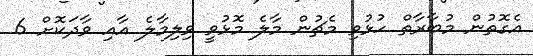
އެގޮތުން މުބާރާތް ހުޅުވި މެޗުން މާލެ މޮޅުވީ ވިލިމާލެ އާއި ވާދަކޮށް 6